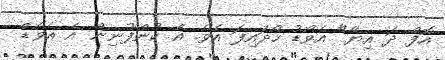
އޮފް ދަ އިޔާ" އެވޯޑު ހޯދައިފަ އެވެ. އެ ކުންފުނިން އެ އެވޯޑް